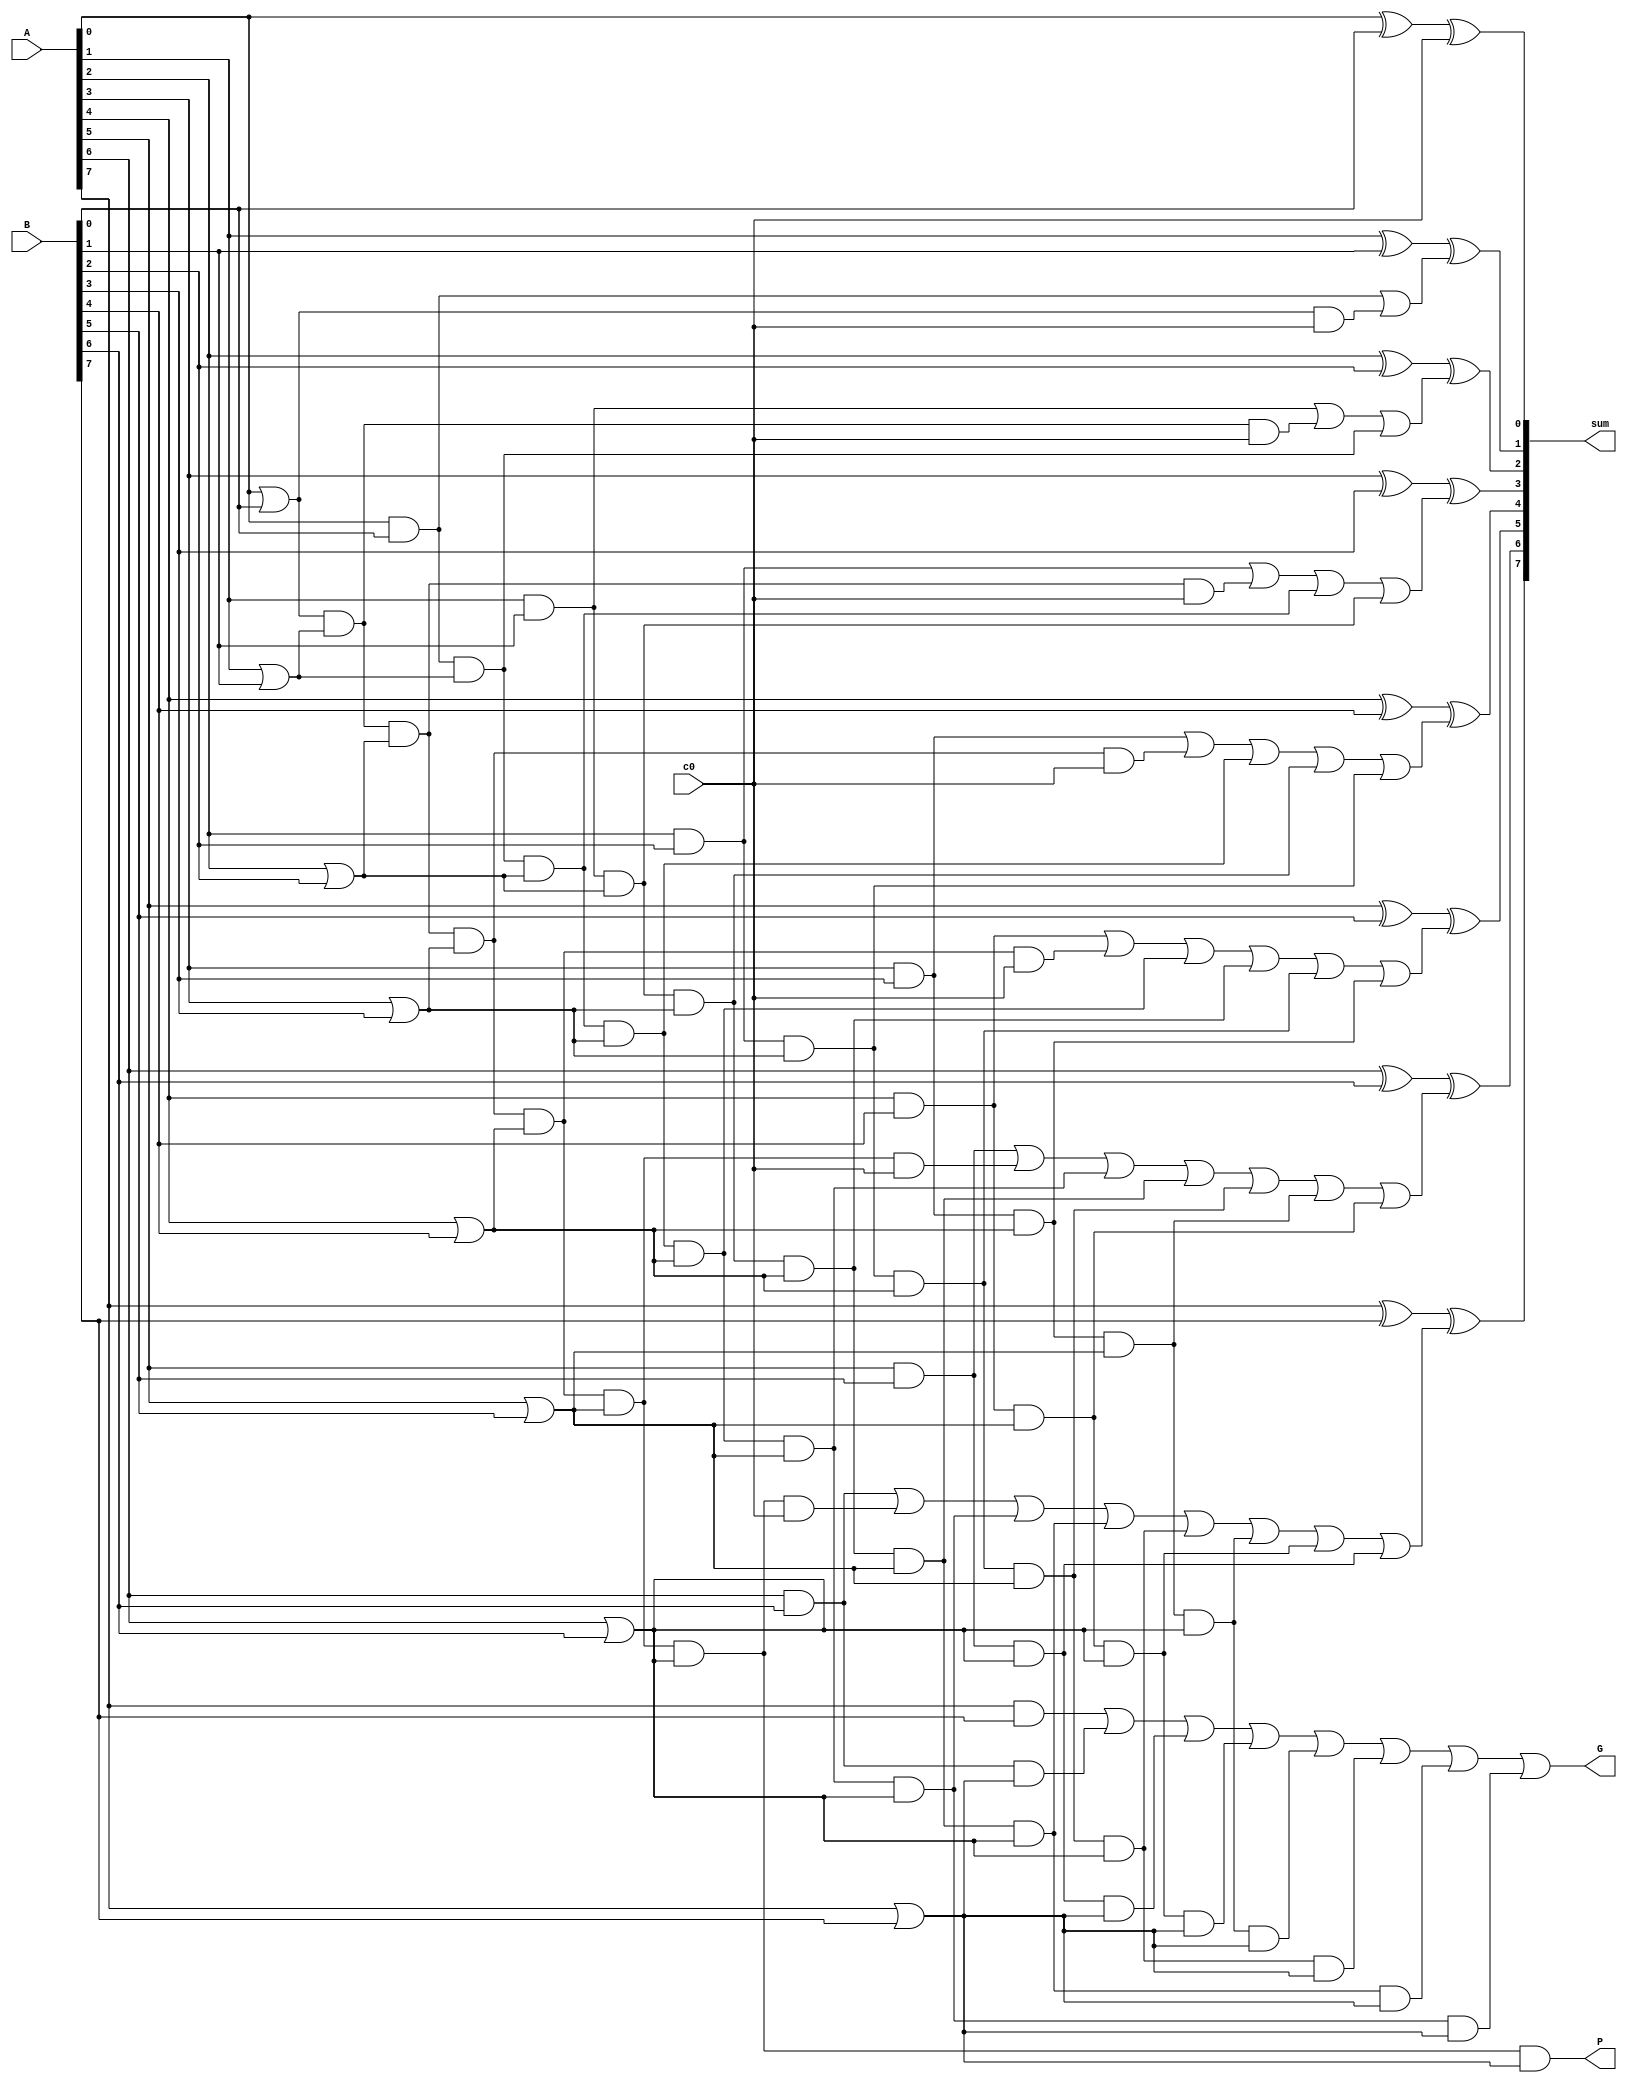
module cla_8(sum, G, P, A, B, c0);
input [7:0] A, B;
    input c0;

    output [7:0] sum;
    output G, P;
    wire a0, a1, a2, a3, a4, a5, a6, a7, b0, b1, b2, b3, b4, b5, b6, b7;
    wire p0, p1, p2, p3, p4, p5, p6, p7, g0, g1, g2, g3, g4, g5, g6, g7;
    wire c1, c2, c3, c4, c5, c6, c7;
    wire c1_0, c2_0, c2_1, c3_0, c3_1, c3_2, c4_0, c4_1, c4_2, c4_3, c5_0, c5_1, c5_2, c5_3, c5_4, c6_0, c6_1, c6_2, c6_3, c6_4, c6_5, c7_0, c7_1, c7_2, c7_3, c7_4, c7_5, c7_6;
    wire s0, s1, s2, s3, s4, s5, s6, s7;
    wire G0, G1, G2, G3, G4, G5, G6;

    assign a0 = A[0];
    assign a1 = A[1];
    assign a2 = A[2];
    assign a3 = A[3];
    assign a4 = A[4];
    assign a5 = A[5];
    assign a6 = A[6];
    assign a7 = A[7];

    assign b0 = B[0];
    assign b1 = B[1];
    assign b2 = B[2];
    assign b3 = B[3];
    assign b4 = B[4];
    assign b5 = B[5];
    assign b6 = B[6];
    assign b7 = B[7];

    assign sum[0] = s0;
    assign sum[1] = s1;
    assign sum[2] = s2;
    assign sum[3] = s3;
    assign sum[4] = s4;
    assign sum[5] = s5;
    assign sum[6] = s6;
    assign sum[7] = s7;

    or p0_or(p0, a0, b0);
    or p1_or(p1, a1, b1);
    or p2_or(p2, a2, b2);
    or p3_or(p3, a3, b3);
    or p4_or(p4, a4, b4);
    or p5_or(p5, a5, b5);
    or p6_or(p6, a6, b6);
    or p7_or(p7, a7, b7);

    and g0_and(g0, a0, b0);
    and g1_and(g1, a1, b1);
    and g2_and(g2, a2, b2);
    and g3_and(g3, a3, b3);
    and g4_and(g4, a4, b4);
    and g5_and(g5, a5, b5);
    and g6_and(g6, a6, b6);
    and g7_and(g7, a7, b7);

    and c1_in0(c1_0, p0, c0);
    or c1_out(c1, g0, c1_0);

    and c2_in0(c2_0, p1, p0, c0);
    and c2_in1(c2_1, g0, p1);
    or c2_out(c2, g1, c2_0, c2_1);

    and c3_in0(c3_0, p0, p1, p2, c0);
    and c3_in1(c3_1, g0, p1, p2);
    and c3_in2(c3_2, g1, p2);
    or c3_out(c3, g2, c3_0, c3_1, c3_2);

    and c4_in0(c4_0, p0, p1, p2, p3, c0);
    and c4_in1(c4_1, g0, p1, p2, p3);
    and c4_in2(c4_2, g1, p2, p3);
    and c4_in3(c4_3, g2, p3);
    or c4_out(c4, g3, c4_0, c4_1, c4_2, c4_3);
    
    and c5_in0(c5_0, p0, p1, p2, p3, p4, c0);
    and c5_in1(c5_1, g0, p1, p2, p3, p4);
    and c5_in2(c5_2, g1, p2, p3, p4);
    and c5_in3(c5_3, g2, p3, p4);
    and c5_in4(c5_4, g3, p4);
    or c5_out(c5, g4, c5_0, c5_1, c5_2, c5_3, c5_4);

    and c6_in0(c6_0, p0, p1, p2, p3, p4, p5, c0);
    and c6_in1(c6_1, g0, p1, p2, p3, p4, p5);
    and c6_in2(c6_2, g1, p2, p3, p4, p5);
    and c6_in3(c6_3, g2, p3, p4, p5);
    and c6_in4(c6_4, g3, p4, p5);
    and c6_in5(c6_5, g4, p5);
    or c6_out(c6, g5, c6_0, c6_1, c6_2, c6_3, c6_4, c6_5);
    
    and c7_in0(c7_0, p0, p1, p2, p3, p4, p5, p6, c0);
    and c7_in1(c7_1, g0, p1, p2, p3, p4, p5, p6);
    and c7_in2(c7_2, g1, p2, p3, p4, p5, p6);
    and c7_in3(c7_3, g2, p3, p4, p5, p6);
    and c7_in4(c7_4, g3, p4, p5, p6);
    and c7_in5(c7_5, g4, p5, p6);
    and c7_in6(c7_6, g5, p6);
    or c7_out(c7, g6, c7_0, c7_1, c7_2, c7_3, c7_4, c7_5, c7_6);

    xor(s0, a0, b0, c0);
    xor(s1, a1, b1, c1);
    xor(s2, a2, b2, c2);
    xor(s3, a3, b3, c3);
    xor(s4, a4, b4, c4);
    xor(s5, a5, b5, c5);
    xor(s6, a6, b6, c6);
    xor(s7, a7, b7, c7);

    and P_out(P, p0, p1, p2, p3, p4, p5, p6, p7);
    and G_in0(G0, g0, p1, p2, p3, p4, p5, p6, p7);
    and G_in1(G1, g1, p2, p3, p4, p5, p6, p7);
    and G_in2(G2, g2, p3, p4, p5, p6, p7);
    and G_in3(G3, g3, p4, p5, p6, p7);
    and G_in4(G4, g4, p5, p6, p7);
    and G_in5(G5, g5, p6, p7);
    and G_in6(G6, g6, p7);
    or G_out(G, g7, G6, G5, G4, G3, G2, G1, G0);

endmodule